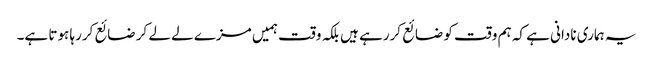
یہ ہماری نادانی ہے کہ ہم وقت کو ضائع کررہے ہیں بلکہ وقت ہمیں مزے لے لے کر ضائع کررہا ہوتا ہے۔